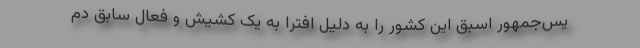
یس‌جمهور اسبق این کشور را به دلیل افترا به یک کشیش و فعال سابق دم